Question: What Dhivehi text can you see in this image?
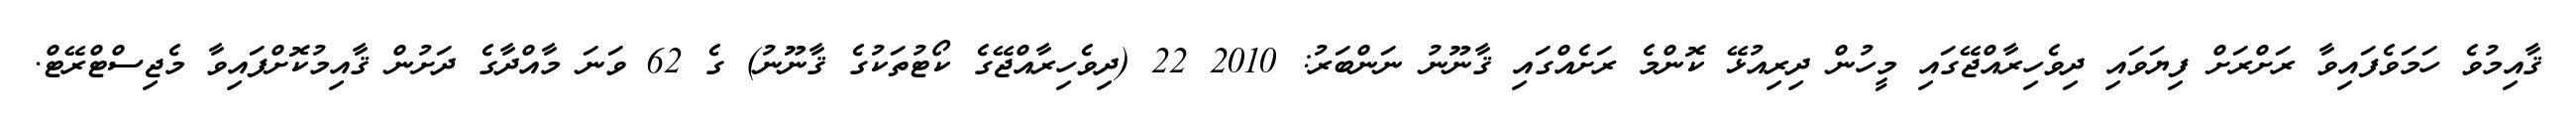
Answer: ޤާއިމުވެ ހަމަވެފައިވާ ރަށްރަށް ފިޔަވައި ދިވެހިރާއްޖޭގައި މީހުން ދިރިއުޅޭ ކޮންމެ ރަށެއްގައި ޤާނޫނު ނަންބަރު: 2010 22 (ދިވެހިރާއްޖޭގެ ކޯޓުތަކުގެ ޤާނޫނު) ގެ 62 ވަނަ މާއްދާގެ ދަށުން ޤާއިމުކޮށްފައިވާ މެޖިސްޓްރޭޓް.